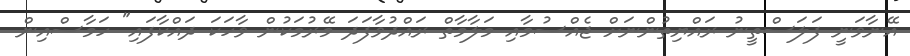
އޭނާވަނީ ފަލަސްތީނު ރައްޔިތުންނަށް ޖެއްސުމާއި މަލާމާތް ރައްދުވާފަދަ މޭރުމަކުން ވާހަކަ ދައްކާފައި" ހަމާސްއިން